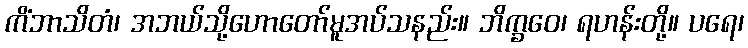
ကိံဘာသိတံ၊ အဘယ်သို့ဟောတော်မူအပ်သနည်း။ ဘိက္ခဝေ၊ ရဟန်းတို့။ ပရေ၊